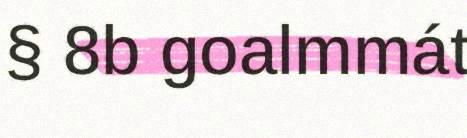
§ 8b goalmmát